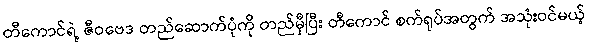
တီကောင်ရဲ့ ဇီဝဗေဒ တည်ဆောက်ပုံကို တည်မှီပြီး တီကောင် စက်ရုပ်အတွက် အသုံးဝင်မယ့်